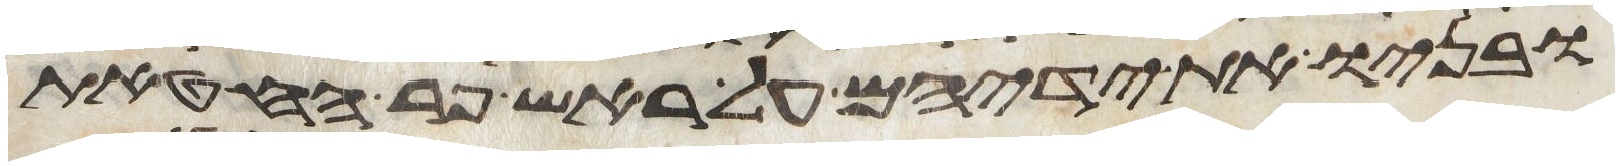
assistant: ובניו את ידיהם על ראש פר החטאת